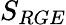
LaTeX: S_{RGE}